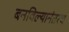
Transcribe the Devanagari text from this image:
बनविल्यानंतरच